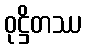
ဝုဋ္ဌိတဿ